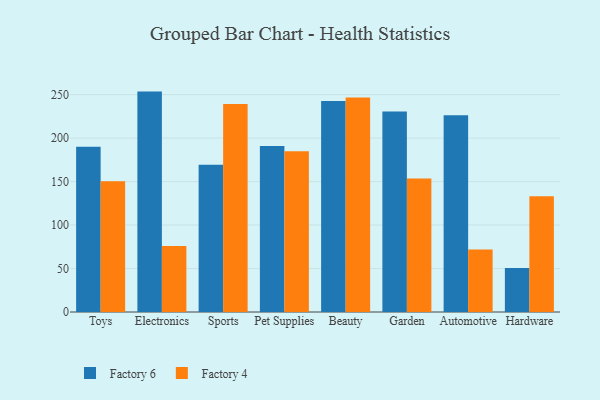
{"axis": {"x": "Category", "y": "Revenue (USD Million)"}, "legend": ["Factory 4", "Factory 6"], "data": [{"x": "Toys", "y": 190.2, "type": "Factory 6"}, {"x": "Toys", "y": 150.5, "type": "Factory 4"}, {"x": "Electronics", "y": 253.5, "type": "Factory 6"}, {"x": "Electronics", "y": 75.8, "type": "Factory 4"}, {"x": "Sports", "y": 169.4, "type": "Factory 6"}, {"x": "Sports", "y": 239.3, "type": "Factory 4"}, {"x": "Pet Supplies", "y": 190.8, "type": "Factory 6"}, {"x": "Pet Supplies", "y": 184.9, "type": "Factory 4"}, {"x": "Beauty", "y": 242.7, "type": "Factory 6"}, {"x": "Beauty", "y": 246.7, "type": "Factory 4"}, {"x": "Garden", "y": 230.5, "type": "Factory 6"}, {"x": "Garden", "y": 153.5, "type": "Factory 4"}, {"x": "Automotive", "y": 226.4, "type": "Factory 6"}, {"x": "Automotive", "y": 72.0, "type": "Factory 4"}, {"x": "Hardware", "y": 50.7, "type": "Factory 6"}, {"x": "Hardware", "y": 133.2, "type": "Factory 4"}]}